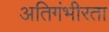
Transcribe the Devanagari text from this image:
अतिगंभीरता